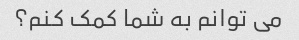
می توانم به شما کمک کنم؟